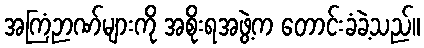
အကြံဉာဏ်များကို အစိုးရအဖွဲ့က တောင်းခံခဲ့သည်။